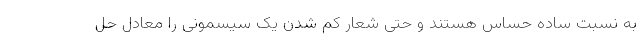
به نسبت ساده حساس هستند و حتی شعار کم شدن یک سیسمونی را معادل حل